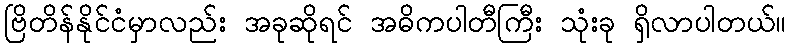
ဗြိတိန်နိုင်ငံမှာလည်း အခုဆိုရင် အဓိကပါတီကြီး သုံးခု ရှိလာပါတယ်။